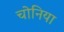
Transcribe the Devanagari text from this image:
चोनिया